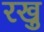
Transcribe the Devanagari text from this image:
रखु